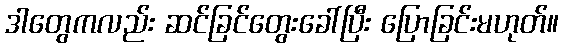
ဒါတွေကလည်း ဆင်ခြင်တွေးခေါ်ပြီး ပြောခြင်းမဟုတ်။